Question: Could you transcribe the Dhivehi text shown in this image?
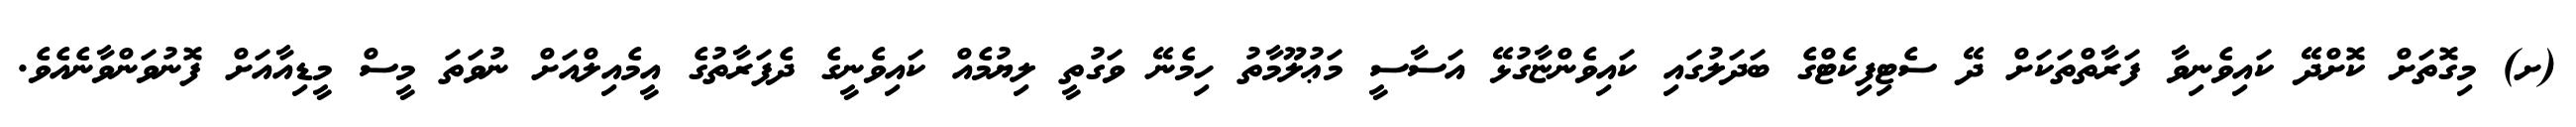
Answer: (ށ) މިގޮތަށް ކޮށްދޭ ކައިވެނިވާ ފަރާތްތަކަށް ދޭ ސެޓިފިކެޓްގެ ބަދަލުގައި ކައިވެންޏާގުޅޭ އަސާސީ މަޢުލޫމާތު ހިމެނޭ ވަގުތީ ލިޔުމެއް ކައިވެނީގެ ދެފަރާތުގެ އީމެއިލްއަށް ނުވަތަ މީސް މީޑިއާއަށް ފޮނުވަންވާނެއެވެ.